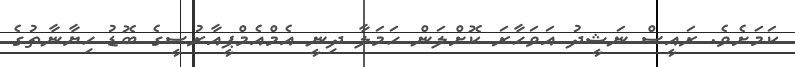
ކަމަށެވެ. ރައީސް ނަޝީދު އަވަހާރަ ކޮށްލަން ހަމަލާ ދިނީ އެމްއެމްޕީއާރުސީގެ ބޮޑު ހިޔާނާތުގެ